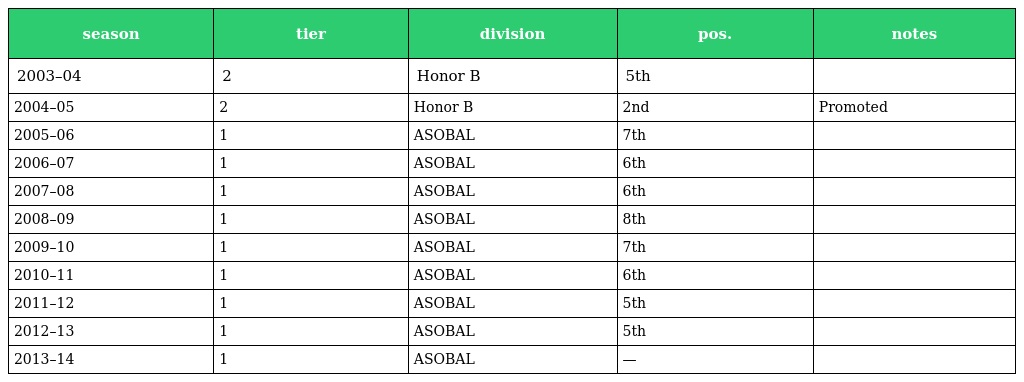
| season | tier | division | pos. | notes |
 | --- | --- | --- | --- | --- |
 | 2003–04 | 2 | Honor B | 5th |  |
 | 2004–05 | 2 | Honor B | 2nd | Promoted |
 | 2005–06 | 1 | ASOBAL | 7th |  |
 | 2006–07 | 1 | ASOBAL | 6th |  |
 | 2007–08 | 1 | ASOBAL | 6th |  |
 | 2008–09 | 1 | ASOBAL | 8th |  |
 | 2009–10 | 1 | ASOBAL | 7th |  |
 | 2010–11 | 1 | ASOBAL | 6th |  |
 | 2011–12 | 1 | ASOBAL | 5th |  |
 | 2012–13 | 1 | ASOBAL | 5th |  |
 | 2013–14 | 1 | ASOBAL | — |  |